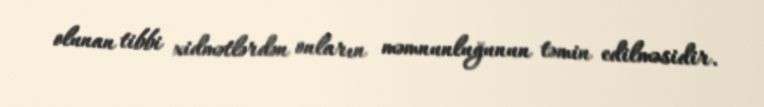
olunan tibbi xidmətlərdən onların məmnunluğunun təmin edilməsidir.